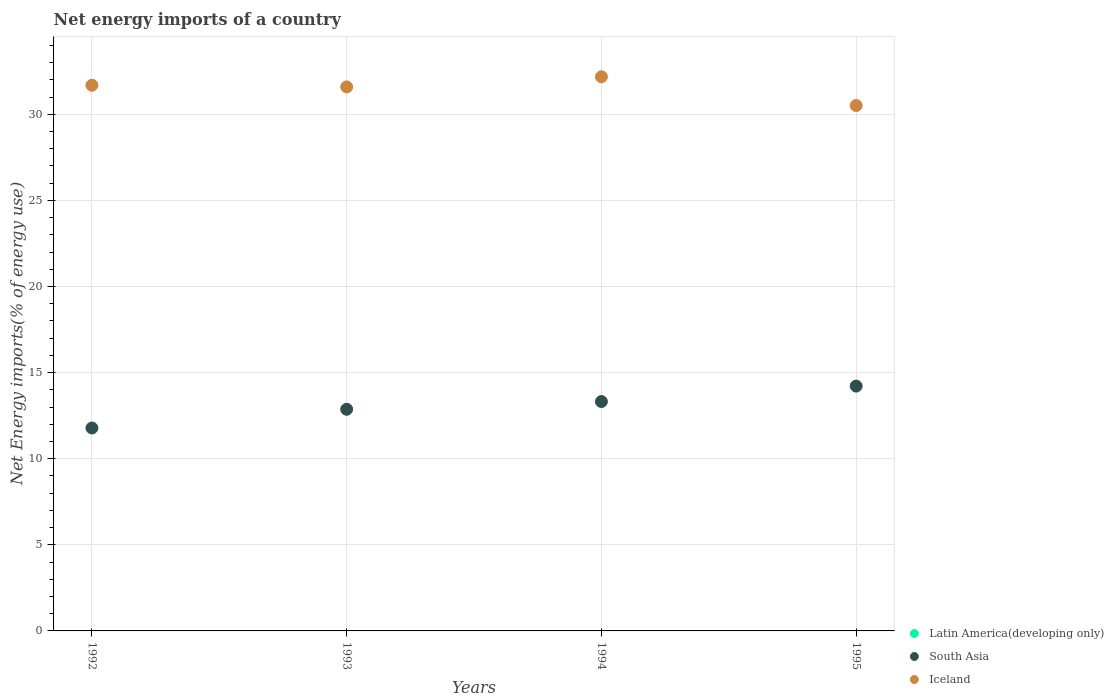
| Years | Latin America(developing only) | South Asia | Iceland |
 | --- | --- | --- | --- |
 | 1992 | -14.5 | 11.8 | 31.7 |
 | 1993 | -14.4 | 12.9 | 31.6 |
 | 1994 | -12.3 | 13.3 | 32.2 |
 | 1995 | -13.1 | 14.2 | 30.5 |